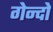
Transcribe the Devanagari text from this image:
गेन्दो